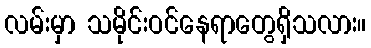
လမ်းမှာ သမိုင်းဝင်နေရာတွေရှိသလား။